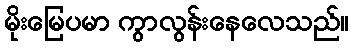
မိုးမြေပမာ ကွာလွန်းနေလေသည်။